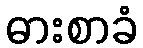
ဓားစာခံ